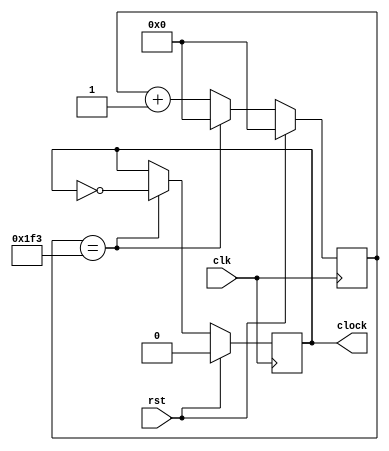
`timescale 1ns / 1ps
//////////////////////////////////////////////////////////////////////////////////
// Company: 
// Engineer: 
// 
// Design Name: 
// Module Name: clk_div
// Project Name: 
// Target Devices: 
// Tool Versions: 
// Description: 
// 
// Dependencies: 
// 
// Revision:
// Revision 0.01 - File Created
// Additional Comments:
// 
//////////////////////////////////////////////////////////////////////////////////

module clk_div(
    input clk,
    input rst,
    output reg clock
);

parameter period = 1000;
reg[19:0] cnt;

always @(posedge clk) begin
    if(rst) begin
        cnt <= 0;
        clock <= 0;
    end else begin
        if(cnt == ((period >> 1) - 1)) begin
            clock <= ~clock;
            cnt <= 0;
        end else begin
            cnt <= cnt + 1;
        end
    end
end

endmodule